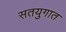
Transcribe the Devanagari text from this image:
सतयुगात